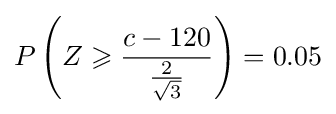
P\left(Z\geqslant {\frac {c-120}{\frac {2}{\sqrt {3}}}}\right)=0.05